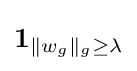
\mathbf {1} _{\|w_{g}\|_{g}\geq \lambda }